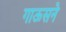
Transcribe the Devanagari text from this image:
गाऊसने